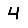
Digit: 4